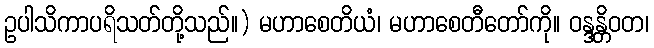
ဥပါသိကာပရိသတ်တို့သည်။) မဟာစေတိယံ၊ မဟာစေတီတော်ကို။ ဝန္ဒန္တိဝတ၊